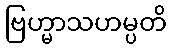
ဗြဟ္မာသဟမ္ပတိ